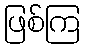
ဖြစ်ကြ